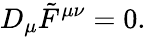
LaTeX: D_{\mu}{\tilde{F}}^{\mu\nu}=0.